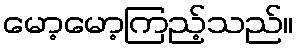
မော့မော့ကြည့်သည်။